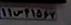
۱۱س۴۱۵۶۷